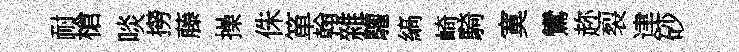
耐槍啖撈藤操侏箪翰雜驩縞崎騎寞鸞趂裂䢖砂